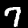
Label: 7